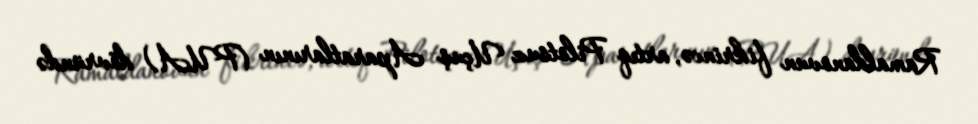
Ramaldanovun fikrincə, artıq Pilotsuz Uçuş Aparatlarının (PUA) dövründə